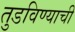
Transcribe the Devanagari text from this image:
तुडविण्याची